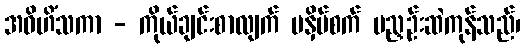
အဝိဟိံသကာ - ကိုယ်ချင်းစာလျက် မနှိပ်စက် မညှဉ်းဆဲကုန်သည်၊